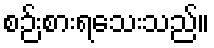
စဉ်းစားရသေးသည်။